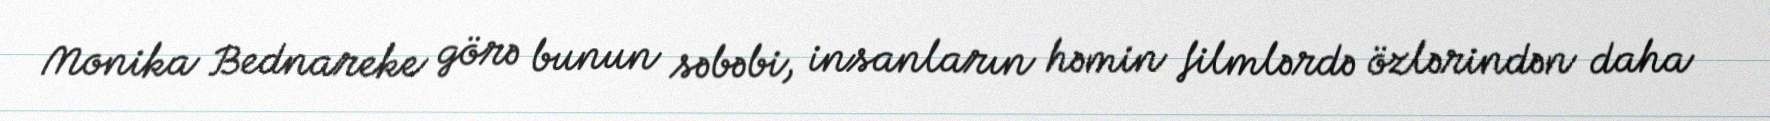
Monika Bednareke görə bunun səbəbi, insanların həmin filmlərdə özlərindən daha